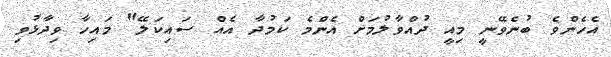
އެހެންވެ ބުނެވޭނީ މިއީ ދުއްވާލުމަށް އެންމެ ކަމުދާ އެއް ސައިކަލޭ" މައިހާ ވިދާޅުވި